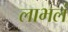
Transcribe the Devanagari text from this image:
लाभलं